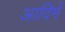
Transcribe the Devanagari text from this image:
आदिमें